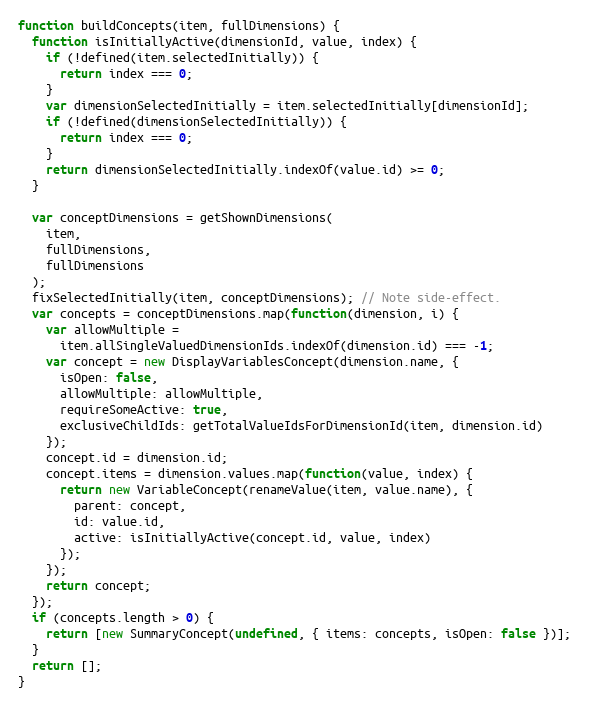
Language: JavaScript
function buildConcepts(item, fullDimensions) {
  function isInitiallyActive(dimensionId, value, index) {
    if (!defined(item.selectedInitially)) {
      return index === 0;
    }
    var dimensionSelectedInitially = item.selectedInitially[dimensionId];
    if (!defined(dimensionSelectedInitially)) {
      return index === 0;
    }
    return dimensionSelectedInitially.indexOf(value.id) >= 0;
  }

  var conceptDimensions = getShownDimensions(
    item,
    fullDimensions,
    fullDimensions
  );
  fixSelectedInitially(item, conceptDimensions); // Note side-effect.
  var concepts = conceptDimensions.map(function(dimension, i) {
    var allowMultiple =
      item.allSingleValuedDimensionIds.indexOf(dimension.id) === -1;
    var concept = new DisplayVariablesConcept(dimension.name, {
      isOpen: false,
      allowMultiple: allowMultiple,
      requireSomeActive: true,
      exclusiveChildIds: getTotalValueIdsForDimensionId(item, dimension.id)
    });
    concept.id = dimension.id;
    concept.items = dimension.values.map(function(value, index) {
      return new VariableConcept(renameValue(item, value.name), {
        parent: concept,
        id: value.id,
        active: isInitiallyActive(concept.id, value, index)
      });
    });
    return concept;
  });
  if (concepts.length > 0) {
    return [new SummaryConcept(undefined, { items: concepts, isOpen: false })];
  }
  return [];
}